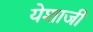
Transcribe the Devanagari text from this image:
येशाजी